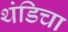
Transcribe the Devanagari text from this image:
थंडिचा